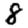
Digit: 8